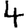
Digit: 4